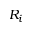
R _ { i }